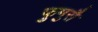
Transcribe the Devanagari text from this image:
फुमुसै